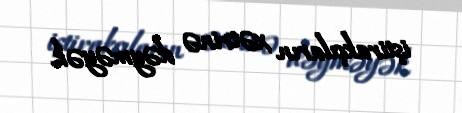
iştirakçıların xətrinə dəyməyək.